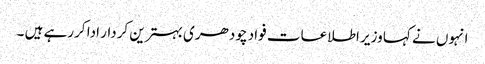
انہوں نے کہا وزیر اطلاعات فواد چودھری بہترین کردار ادا کررہے ہیں ۔